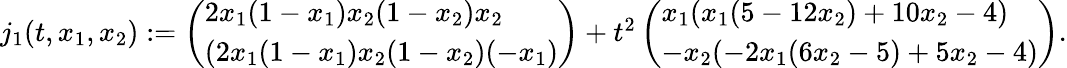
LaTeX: \begin{array}{r}{j_{1}(t,x_{1},x_{2}):=\left(\begin{array}{l}{2x_{1}(1-x_{1})x_{2}(1-x_{2})x_{2}}\\ {(2x_{1}(1-x_{1})x_{2}(1-x_{2})(-x_{1})}\end{array}\right)+t^{2}\left(\begin{array}{l}{x_{1}(x_{1}(5-12x_{2})+10x_{2}-4)}\\ {-x_{2}(-2x_{1}(6x_{2}-5)+5x_{2}-4)}\end{array}\right).}\end{array}